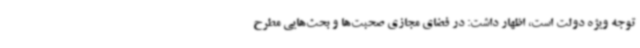
توجه ویژه دولت است، اظهار داشت: در فضای مجازی صحبت‌ها و بحث‌هایی مطرح